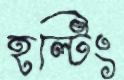
হল্টিং